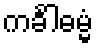
ကင်္ခါဓမ္မံ